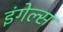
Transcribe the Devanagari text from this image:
इंगेल्स